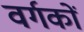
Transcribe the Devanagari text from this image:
वर्गकों